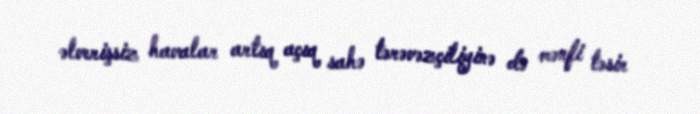
əlverişsiz havalar artıq açıq sahə tərəvəzçiliyinə də mənfi təsir